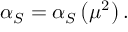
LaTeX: \alpha _ { S } = \alpha _ { S } \left( \mu ^ { 2 } \right) .